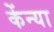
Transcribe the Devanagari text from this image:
केंन्या